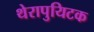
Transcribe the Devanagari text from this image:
थेरापुयिटक